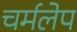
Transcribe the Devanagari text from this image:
चर्मलेप